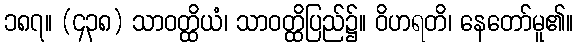
၁၈၇။ (၄၃၈) သာဝတ္ထိယံ၊ သာဝတ္ထိပြည်၌။ ဝိဟရတိ၊ နေတော်မူ၏။